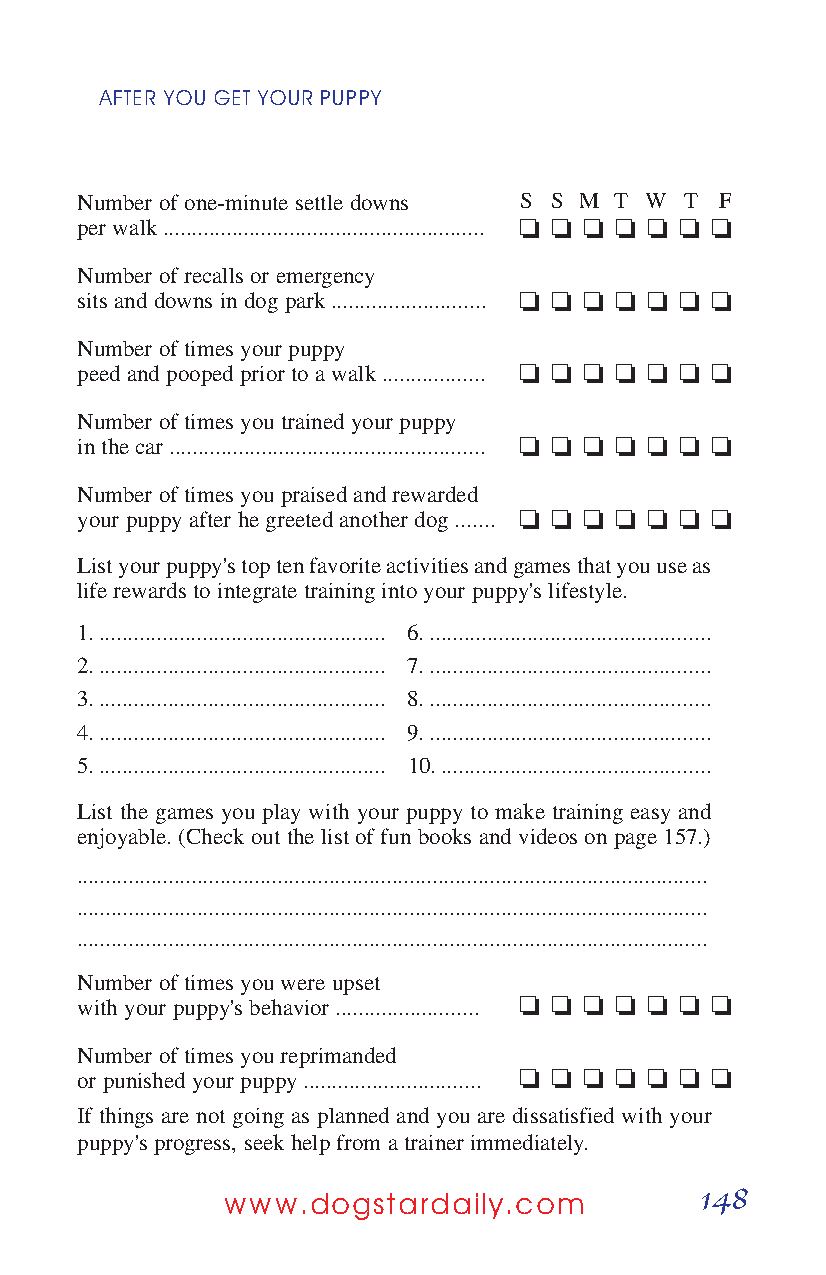
AFTER YOUGETYOURPUPPY
 Number of one-minute settle downs S S M T W T F
 per walk ........................................................ o o o o o o o
 Number of recalls or emergency
 sits and downs in dog park ........................... o o o o o o o
 Number of times your puppy
 peed and pooped prior to a walk .................. o o o o o o o
 Number of times you trained your puppy
 in the car ....................................................... o o o o o o o
 Number of times you praised and rewarded
 your puppy after he greeted another dog ....... o o o o o o o
 List your puppy's top ten favorite activities and games that you use as
 life rewards to integrate training into your puppy's lifestyle.
 1. .................................................. 6. .................................................
 2. .................................................. 7. .................................................
 3. .................................................. 8. .................................................
 4. .................................................. 9. .................................................
 5. .................................................. 10. ...............................................
 List the games you play with your puppy to make training easy and
 enjoyable. (Check out the list of fun books and videos on page 157.)
 ..............................................................................................................
 ..............................................................................................................
 ..............................................................................................................
 Number of times you were upset
 with your puppy's behavior ......................... o o o o o o o
 Number of times you reprimanded
 or punished your puppy ............................... o o o o o o o
 If things are not going as planned and you are dissatisfied with your
 puppy's progress, seek help from a trainer immediately.
 148
 www.dogstardaily.com